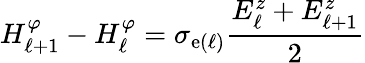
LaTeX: H_{\ell+1}^{\varphi}-H_{\ell}^{\varphi}=\sigma_{\mathrm{e}(\ell)}\frac{{E_{\ell}^{z}+E_{\ell+1}^{z}}}{{2}}